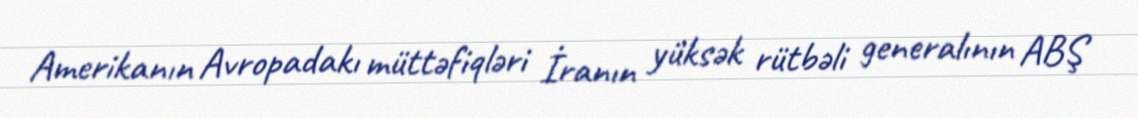
Amerikanın Avropadakı müttəfiqləri İranın yüksək rütbəli generalının ABŞ